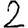
Digit: 2